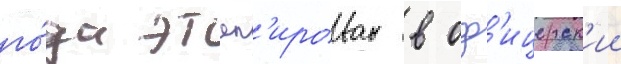
го́да этап'ирован в оф'ицерск'ии